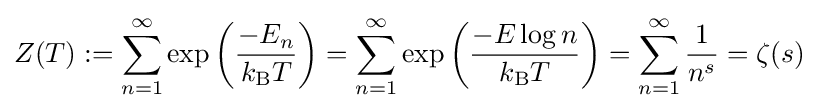
Z(T):=\sum _{n=1}^{\infty }\exp \left({\frac {-E_{n}}{k_{\text{B}}T}}\right)=\sum _{n=1}^{\infty }\exp \left({\frac {-E\log n}{k_{\text{B}}T}}\right)=\sum _{n=1}^{\infty }{\frac {1}{n^{s}}}=\zeta (s)